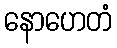
နောဟေတံ